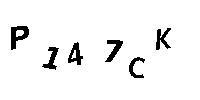
P147CK